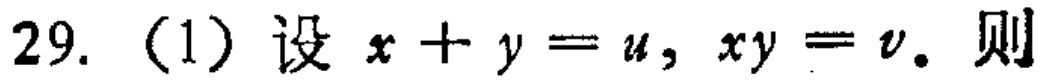
29.（1）设\(x + y = u,xy = v.\) 则